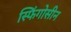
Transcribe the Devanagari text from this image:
स्फिंगोसीन